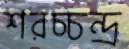
শরচ্চন্দ্র